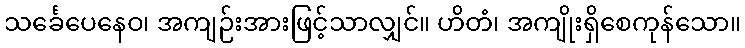
သင်္ခေပေနေဝ၊ အကျဉ်းအားဖြင့်သာလျှင်။ ဟိတံ၊ အကျိုးရှိစေကုန်သော။